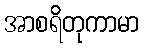
အာစရိတုကာမာ